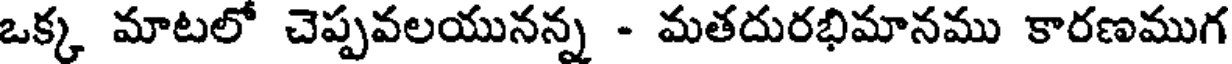
ఒక్క మాటలో చెప్పవలయునన్న - మతదురభిమానము కారణముగ